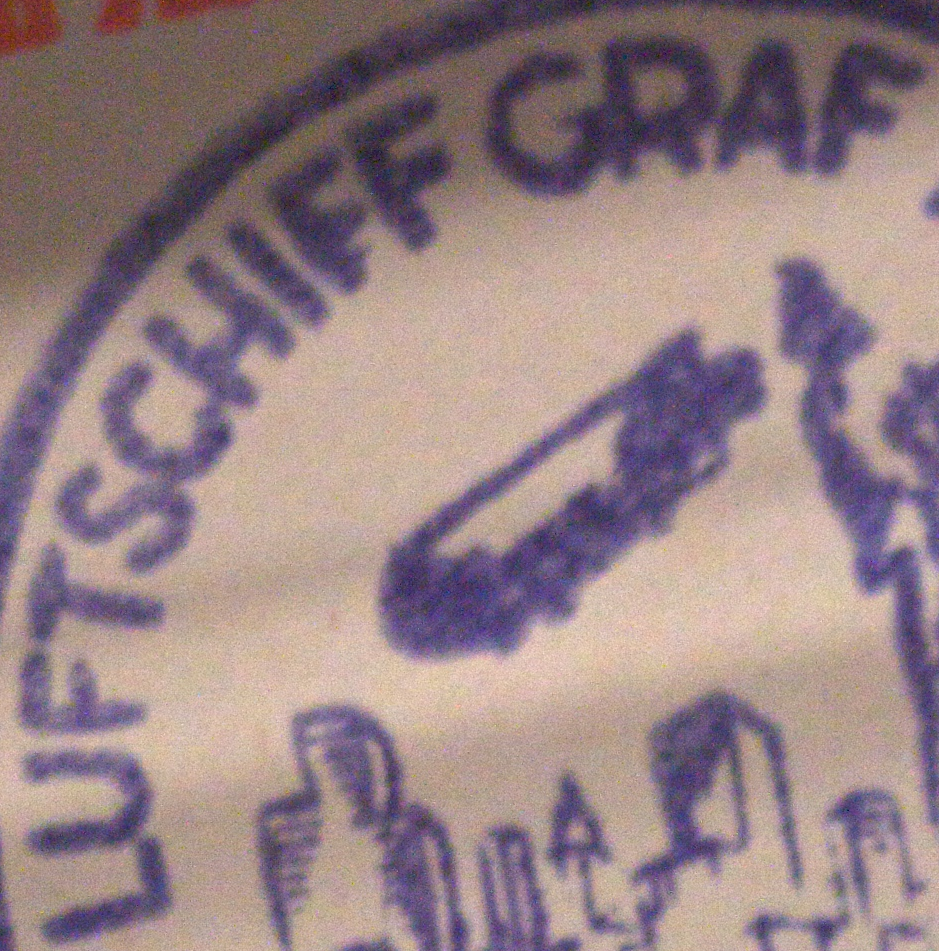
LUFTSCHIFF GRAF